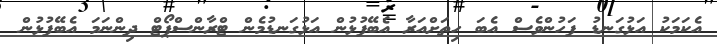
އެކަމަކު އަޅުގަނޑު ފަހުންވެސް އެބަ ހިތަށްއަރާ އެބޭފުޅުން އަޅުގަނޑުމެން ޓްރާންސްޕޯޓް ދިންނަމަ އެބޭފުޅުން